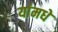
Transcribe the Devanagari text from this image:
यांमधे